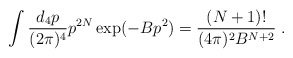
\begin{align*}\int \frac{d_4 p}{( 2 \pi )^4} p^{2 N} \exp ( - B p^2 ) = \frac{( N + 1 )!}{( 4 \pi )^2 B^{N + 2}} \; .\end{align*}